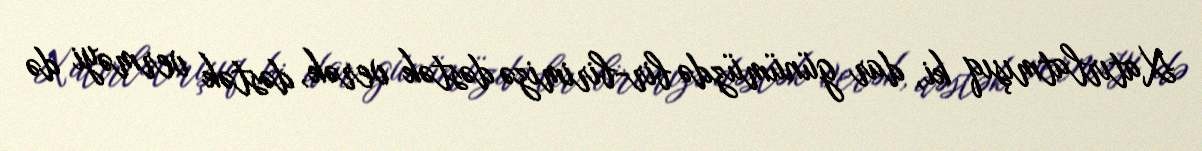
Xatırlatmışıq ki, dar günümüzdə bir-birimizə dəstək verək, dəstək verməyi də